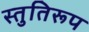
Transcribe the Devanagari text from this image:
स्तुतिरूप